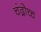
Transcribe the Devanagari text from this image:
चंद्रोच्च